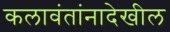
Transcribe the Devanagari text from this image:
कलावंतांनादेखील